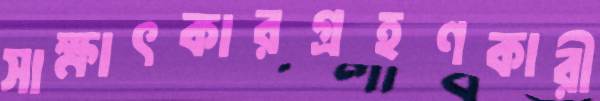
সাক্ষাৎকারগ্রহণকারী